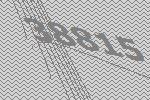
38815